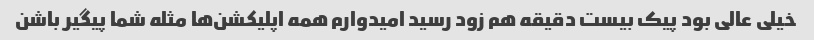
خیلی عالی بود پیک بیست دقیقه هم زود رسید امیدوارم همه اپلیکشن‌ها مثله شما پیگیر باشن